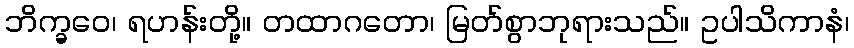
ဘိက္ခဝေ၊ ရဟန်းတို့။ တထာဂတော၊ မြတ်စွာဘုရားသည်။ ဥပါသိကာနံ၊